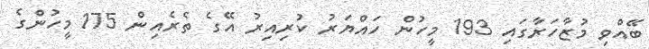
ބޭއްވި މުޒާހަރާގައި 193 މީހުން ހައްޔަރު ކުރިއިރު އޭގެ ތެރެއިން 175 މީހުންގެ